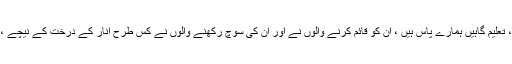
ہمیں کیسے معلوم ہو گا کہ یہ جو سرسبز ، کشادہ دانش گاہیں، تعلیم گاہیں ہمارے پاس ہیں ، ان کو قائم کرنے والوں نے اور ان کی سوچ رکھنے والوں نے کس طرح انار کے درخت کے نیچے ، کھلے میدان میں، گھر کے صحن اور چبوترے میں قائم کیا؟